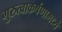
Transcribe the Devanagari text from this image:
गुरुत्वाकर्षणामध्ये